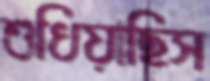
শুধিয়াছিস